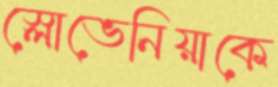
স্লোভেনিয়াকে